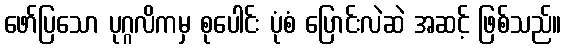
ဖော်ပြသော ပုဂ္ဂလိကမှ စုပေါင်း ပုံစံ ပြောင်းလဲဆဲ အဆင့် ဖြစ်သည်။